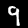
Digit: 9